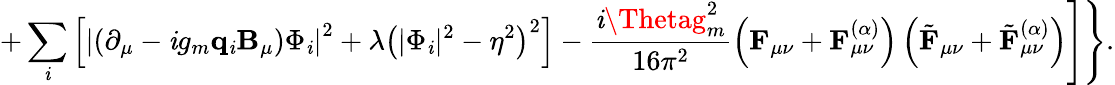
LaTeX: +\sum_{\mathit{i}}^{}\left[\left|\left(\partial_{\mu}-\mathit{i}g_{m}{\mathbf{q}}_{\mathit{i}}{\mathbf{B}}_{\mu}\right)\Phi_{\mathit{i}}\right|^{2}+\lambda\left(|\Phi_{\mathit{i}}|^{2}-\eta^{2}\right)^{2}\right]-\frac{{\mathit{i}\Thetag_{m}^{2}}}{{16\pi^{2}}}\left({\mathbf{F}}_{\mu\nu}+{\mathbf{F}}_{\mu\nu}^{(\alpha)}\right)\left(\tilde{{\mathbf{F}}}_{\mu\nu}+\tilde{{\mathbf{F}}}_{\mu\nu}^{(\alpha)}\right)\Biggr]\Biggr\} .